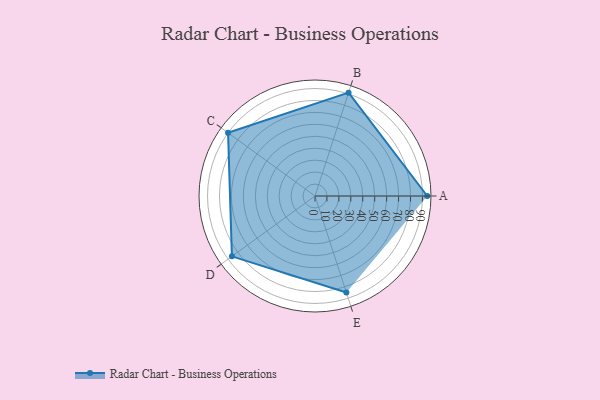
{"axis": {"x": "Skill", "y": "Score"}, "legend": ["Profile"], "data": [{"x": "A", "y": 94.0, "type": "Profile"}, {"x": "B", "y": 91.0, "type": "Profile"}, {"x": "C", "y": 90.0, "type": "Profile"}, {"x": "D", "y": 86.0, "type": "Profile"}, {"x": "E", "y": 85.0, "type": "Profile"}]}